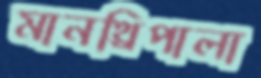
মানথ্রিপালা